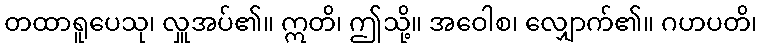
တထာရူပေသု၊ လှူအပ်၏။ ဣတိ၊ ဤသို့။ အဝေါစ၊ လျှောက်၏။ ဂဟပတိ၊